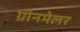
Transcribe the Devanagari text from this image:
ग्रीनमेलर